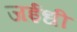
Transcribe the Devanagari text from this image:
जईधी